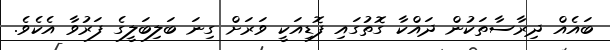
ބައެއް ދިރާސާތަކުން ދައްކާ ގޮތުގައި ފޮޑިއަކީ ވަރަށް ގިނަ ބަލިބަލީގެ ފަރުވާ އެކެވެ.